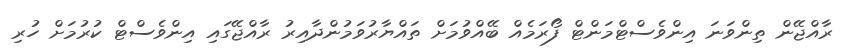
ރާއްޖޭން ތިންވަނަ އިންވެސްޓްމަންޓް ފޯރަމެއް ބޭއްވުމަށް ތައްޔާރުވަމުންދާއިރު ރާއްޖޭގައި އިންވެސްޓް ކުރުމަށް ހުރި